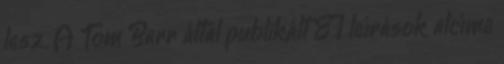
lesz. A Tom Barr által publikált EI leírások alcíme